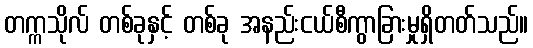
တက္ကသိုလ် တစ်ခုနှင့် တစ်ခု အနည်းငယ်စီကွာခြားမှုရှိတတ်သည်။